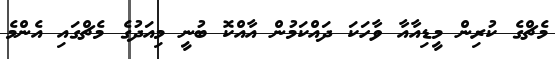
މެޗްގެ ކުރިން މީޑިއާއާ ވާހަކަ ދައްކަމުން އާއްކޮ ބުނީ މިއަދުގެ މެޗްގައި އެންމެ